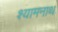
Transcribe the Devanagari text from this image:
श्यामनाथ